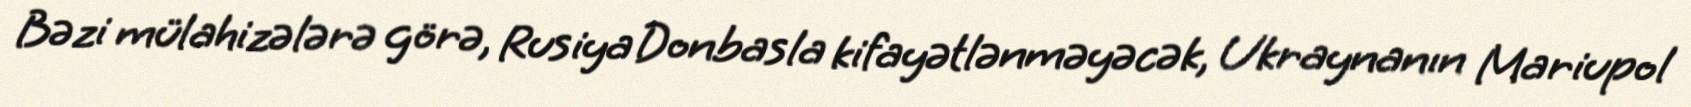
Bəzi mülahizələrə görə, Rusiya Donbasla kifayətlənməyəcək, Ukraynanın Mariupol